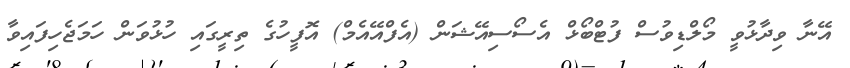
އޭނާ ވިދާޅުވީ މޯލްޑިވުސް ފުޓްބޯޅް އެސޯސިއޭޝަން (އެފްއޭއެމް) އޮފީހުގެ ތިރީގައި ހުޅުވަން ހަމަޖެހިފައިވާ